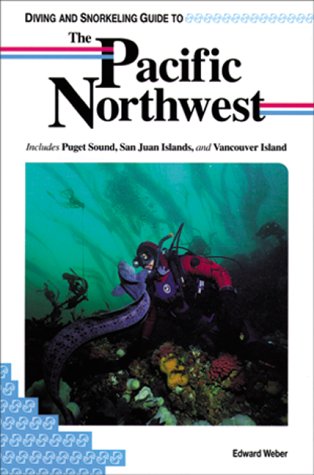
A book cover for Diving and Snorkeling Guide to the Pacific Northwest: Includes Puget Sound, San Juan Islands, and Vancouver Islands (Lonely Planet Diving & Snorkeling Great Barrier Reef); Edward Weber; Travel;